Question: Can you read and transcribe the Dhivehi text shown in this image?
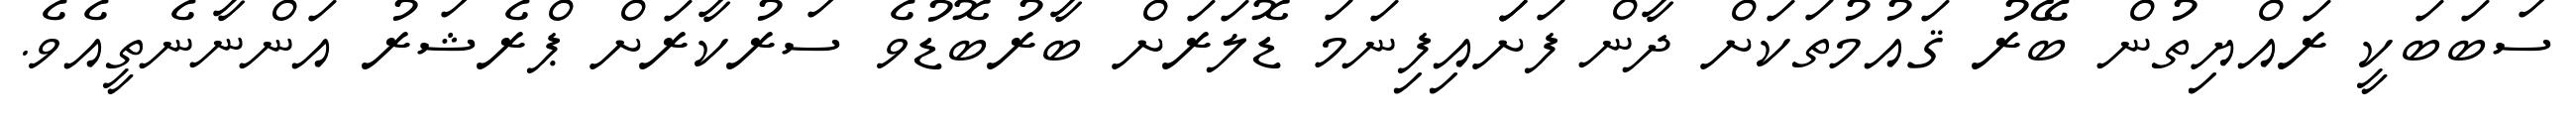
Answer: ސަބަބަކީ ރައްޔިތުން ބޭރު ޤައުމުތަކަށް ދާން ފަށަައިފިނަމަ ޑޮލަރަށް ބާރުބޮޑުވެ ސަރުކާރަށް ޕްރެޝަރު އަންނާނެތީއެވެ.